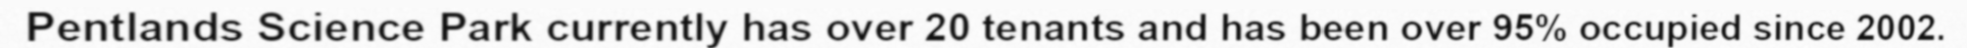
Pentlands Science Park currently has over 20 tenants and has been over 95% occupied since 2002.